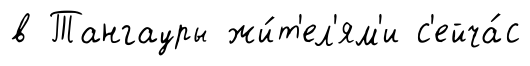
в Тангауры жи́т'ел'ям'и с'ейча́с